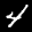
Label: 4